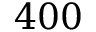
4 0 0